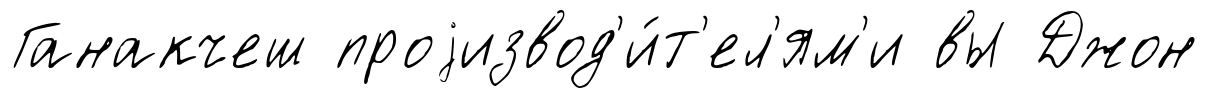
Ганакчеш проjизвод'и́т'ел'ям'и вы Джон